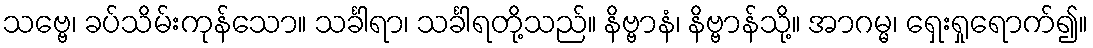
သဗ္ဗေ၊ ခပ်သိမ်းကုန်သော။ သင်္ခါရာ၊ သင်္ခါရတို့သည်။ နိဗ္ဗာနံ၊ နိဗ္ဗာန်သို့။ အာဂမ္မ၊ ရှေးရှုရောက်၍။